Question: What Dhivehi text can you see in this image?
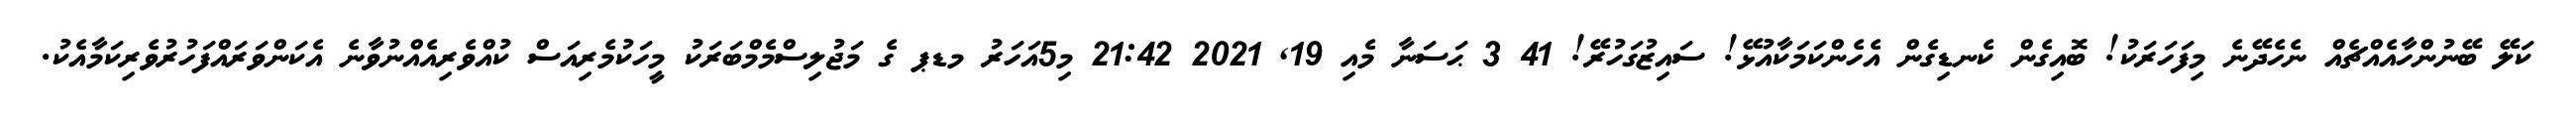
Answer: ކަލޭ ބޭނުންހާއެއްޗެއް ނެހެދޭނެ މިފަހަރަކު! ބޮއިގެން ކެނޑިގެން އެހެންކަމަކާއުޅޭ! ސައިޒުގަހުރޭ! 41 3 ޙަސަނާ މެއި 19, 2021 21:42 މި5އަހަރު މޑޕ ގެ މަޖުލިސްމެމްބަރަކު މީހަކުމެރިއަސް ކުއްވެރިއެއްނުވާނެ އެކަންވަރައްފަހުރުވެރިކަމާއެކު.